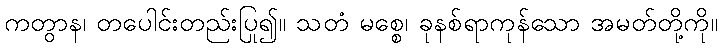
ကတွာန၊ တပေါင်းတည်းပြု၍။ သတံ မစ္စေ၊ ခုနစ်ရာကုန်သော အမတ်တို့ကို။